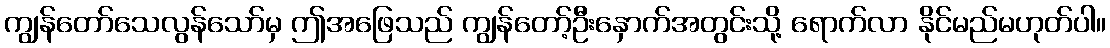
ကျွန်တော်သေလွန်သော်မှ ဤအဖြေသည် ကျွန်တော့်ဦးနှောက်အတွင်းသို့ ရောက်လာ နိုင်မည်မဟုတ်ပါ။